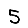
Digit: 5